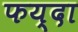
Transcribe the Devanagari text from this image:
फय्दा